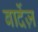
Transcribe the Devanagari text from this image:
बार्देज़